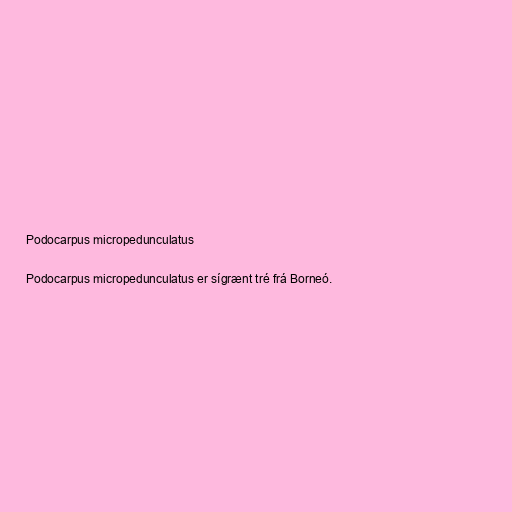
Podocarpus micropedunculatus

Podocarpus micropedunculatus er sígrænt tré frá Borneó.